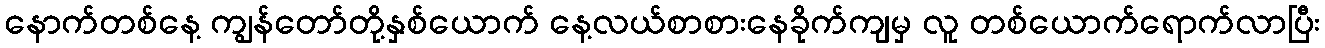
နောက်တစ်နေ့ ကျွန်တော်တို့နှစ်ယောက် နေ့လယ်စာစားနေခိုက်ကျမှ လူ တစ်ယောက်ရောက်လာပြီး